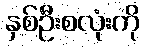
နှစ်ဦးစလုံးကို